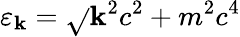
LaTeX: \varepsilon_{\mathbf{k}}=\sqrt{}{{\mathbf{k}^{2}c^{2}+m^{2}c^{4}}}